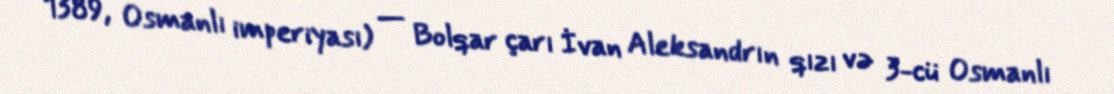
1389, Osmanlı imperiyası) — Bolqar çarı İvan Aleksandrın qızı və 3-cü Osmanlı